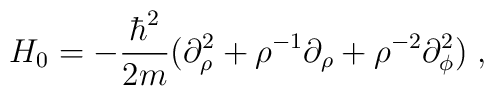
H_0 = -\frac{\hbar^2}{2m} (\partial^2_\rho + \rho^{-1} \partial_\rho +\rho^{-2} \partial^2_\phi) \;,